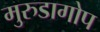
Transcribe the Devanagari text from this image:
मुरुडागोप